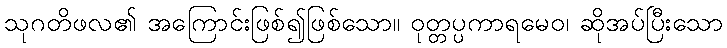
သုဂတိဖလ၏ အကြောင်းဖြစ်၍ဖြစ်သော။ ဝုတ္တပ္ပကာရမေဝ၊ ဆိုအပ်ပြီးသော